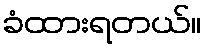
ခံထားရတယ်။